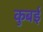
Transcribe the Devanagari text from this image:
कुबई